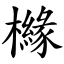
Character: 櫞